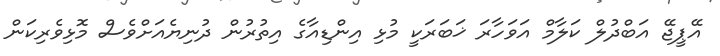
އޭޕީޖޭ އަބްދުލް ކަލާމް އަވަހާރަ ޚަބަރަކީ މުޅި އިންޑިއާގެ އިތުރުން ދުނިޔެއަށްވެސް މޮޅިވެރިކަން